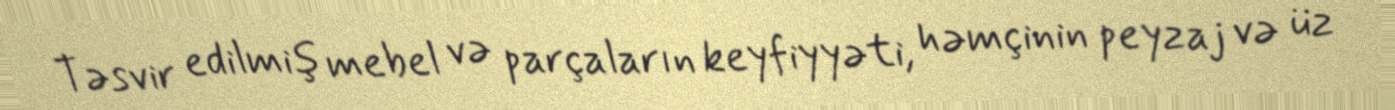
Təsvir edilmiş mebel və parçaların keyfiyyəti, həmçinin peyzaj və üz